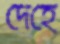
দেহে